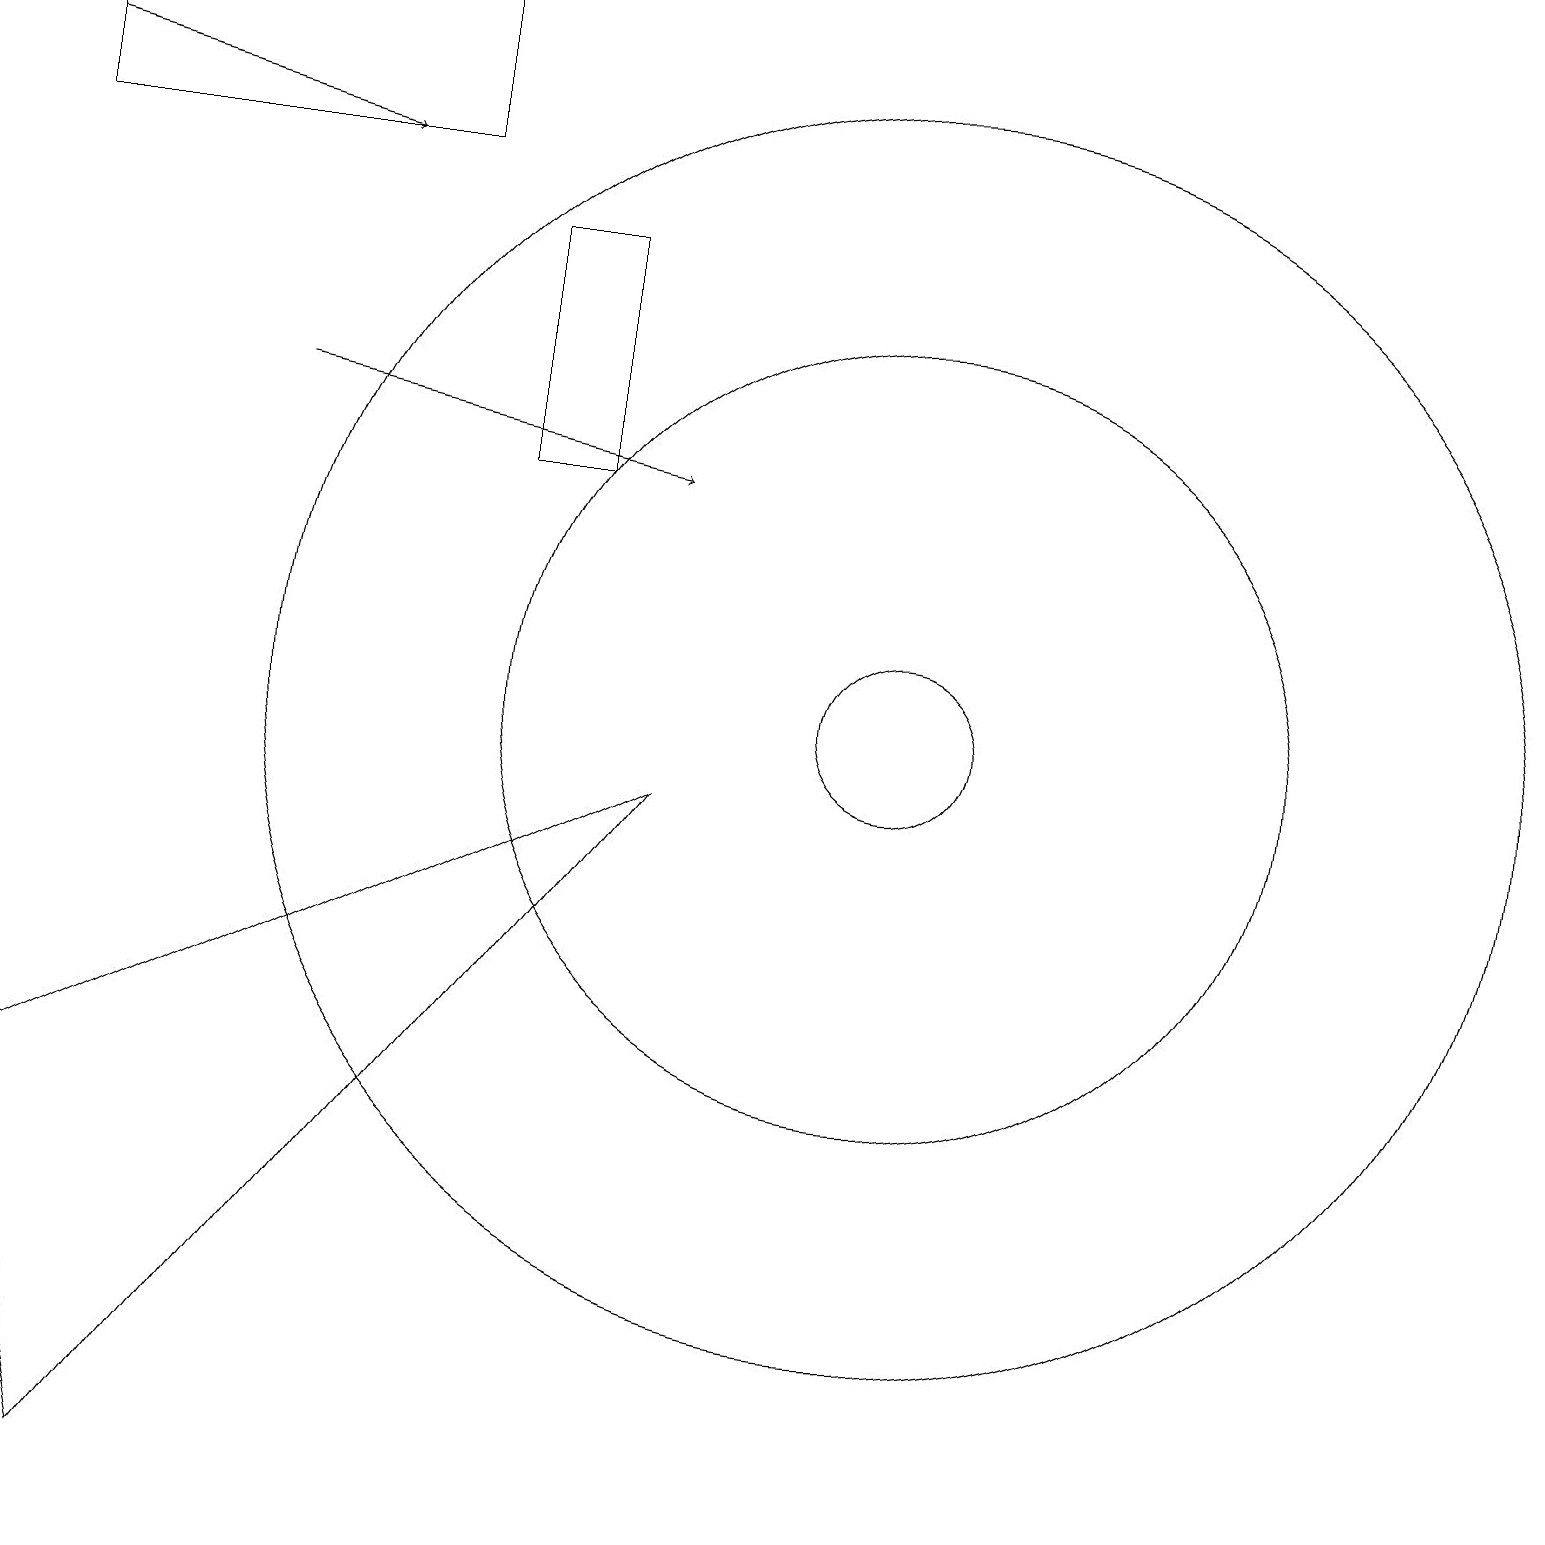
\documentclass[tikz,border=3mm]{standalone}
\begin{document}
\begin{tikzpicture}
\draw (11,10) circle (1);
\draw (11,10) circle (8);
\draw[->] (3,14) -- (8,13);
\draw (11,10) circle (5);
\draw (5,19) rectangle (0,17);
\draw[->] (0,18) -- (4,17);
\draw (6,13) rectangle (7,16);
\draw (8,9) -- (0,5) -- (1,0) -- cycle;
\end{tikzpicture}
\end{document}